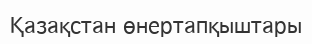
Қазақстан өнертапқыштары